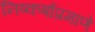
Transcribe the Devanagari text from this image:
निष्कर्षाप्रमाणे